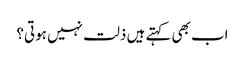
اب بھی کہتے ہیں ذلت نہیں ہوتی؟